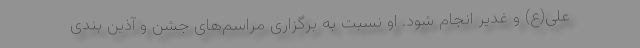
علی(ع) و غدیر انجام شود. او نسبت به برگزاری مراسم‌های جشن و آذین بندی